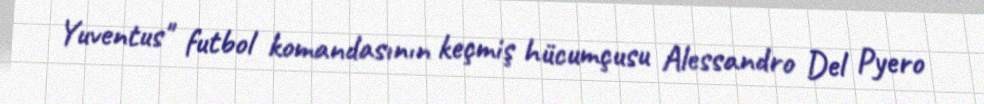
Yuventus" futbol komandasının keçmiş hücumçusu Alessandro Del Pyero